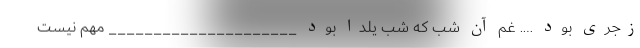
زجری بود …. غم آن شب که شب یلدا بود _____________________ مهم نیست